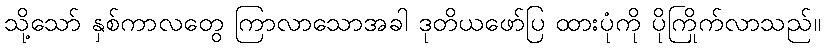
သို့သော် နှစ်ကာလတွေ ကြာလာသောအခါ ဒုတိယဖော်ပြ ထားပုံကို ပိုကြိုက်လာသည်။